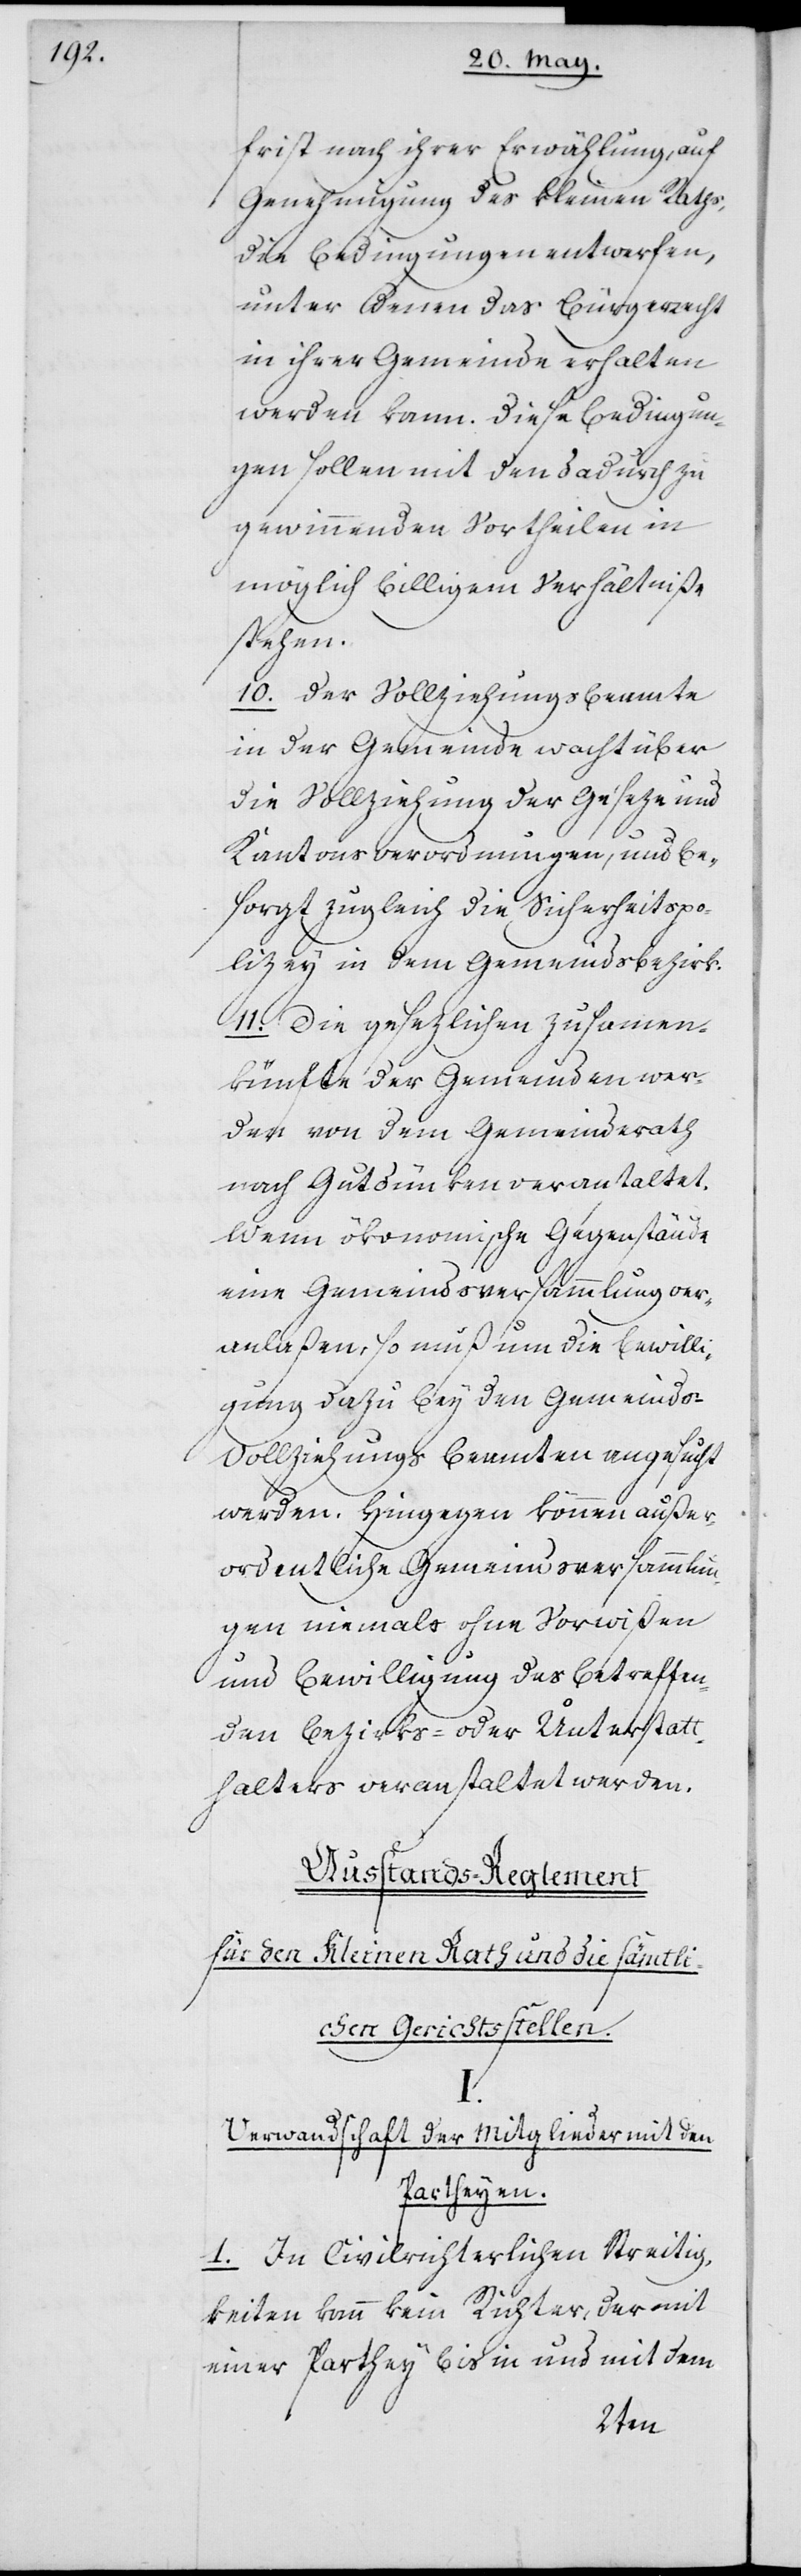
frist nach ihrer Erwählung, auf
Genehmigung des kleinen Raths
die Bedingungen entwerfen,
unter denen das Bürgerrecht
in ihrer Gemeinde erhalten
werden kann. Diese Bedingun¬
gen sollen mit den dadurch zu
gewinnenden Vortheilen in
möglich billigem Verhältniße
stehen.
10. Der Vollziehungsbeamte
in der Gemeinde wacht über
die Vollziehung der Geseze und
Kantonsverordnungen, und be¬
sorgt zugleich die Sicherheitspo¬
lizey in dem Gemeindsbezirk.
11. Die gesezlichen Zusammen¬
künfte der Gemeinden wer¬
den von dem Gemeinderath
nach Gutdünken veranstaltet.
Wenn ökonomische Gegenstände
eine Gemeindsversammlung ver¬
anlaßen, so muß um die Bewilli¬
gung dazu bey den Gemeind¬
s-Vollziehungs Beamten angesucht
werden. Hingegen können außer¬
ordentliche Gemeindsversammlun¬
gen niemals ohne Vorwißen
und Bewilligung des betreffen¬
den Bezirks- oder Unterstatt¬
halters veranstaltet werden.
Ausstands-Reglement
für den Kleinen Rath und die sämtli¬
chen Gerichtsstellen.
I.
Verwandtschaft der Mitglieder mit den
Partheyen.
1. In Civilrichterlichen Streitig¬
keiten kann kein Richter, der mit
einer Parthey bis in und mit dem